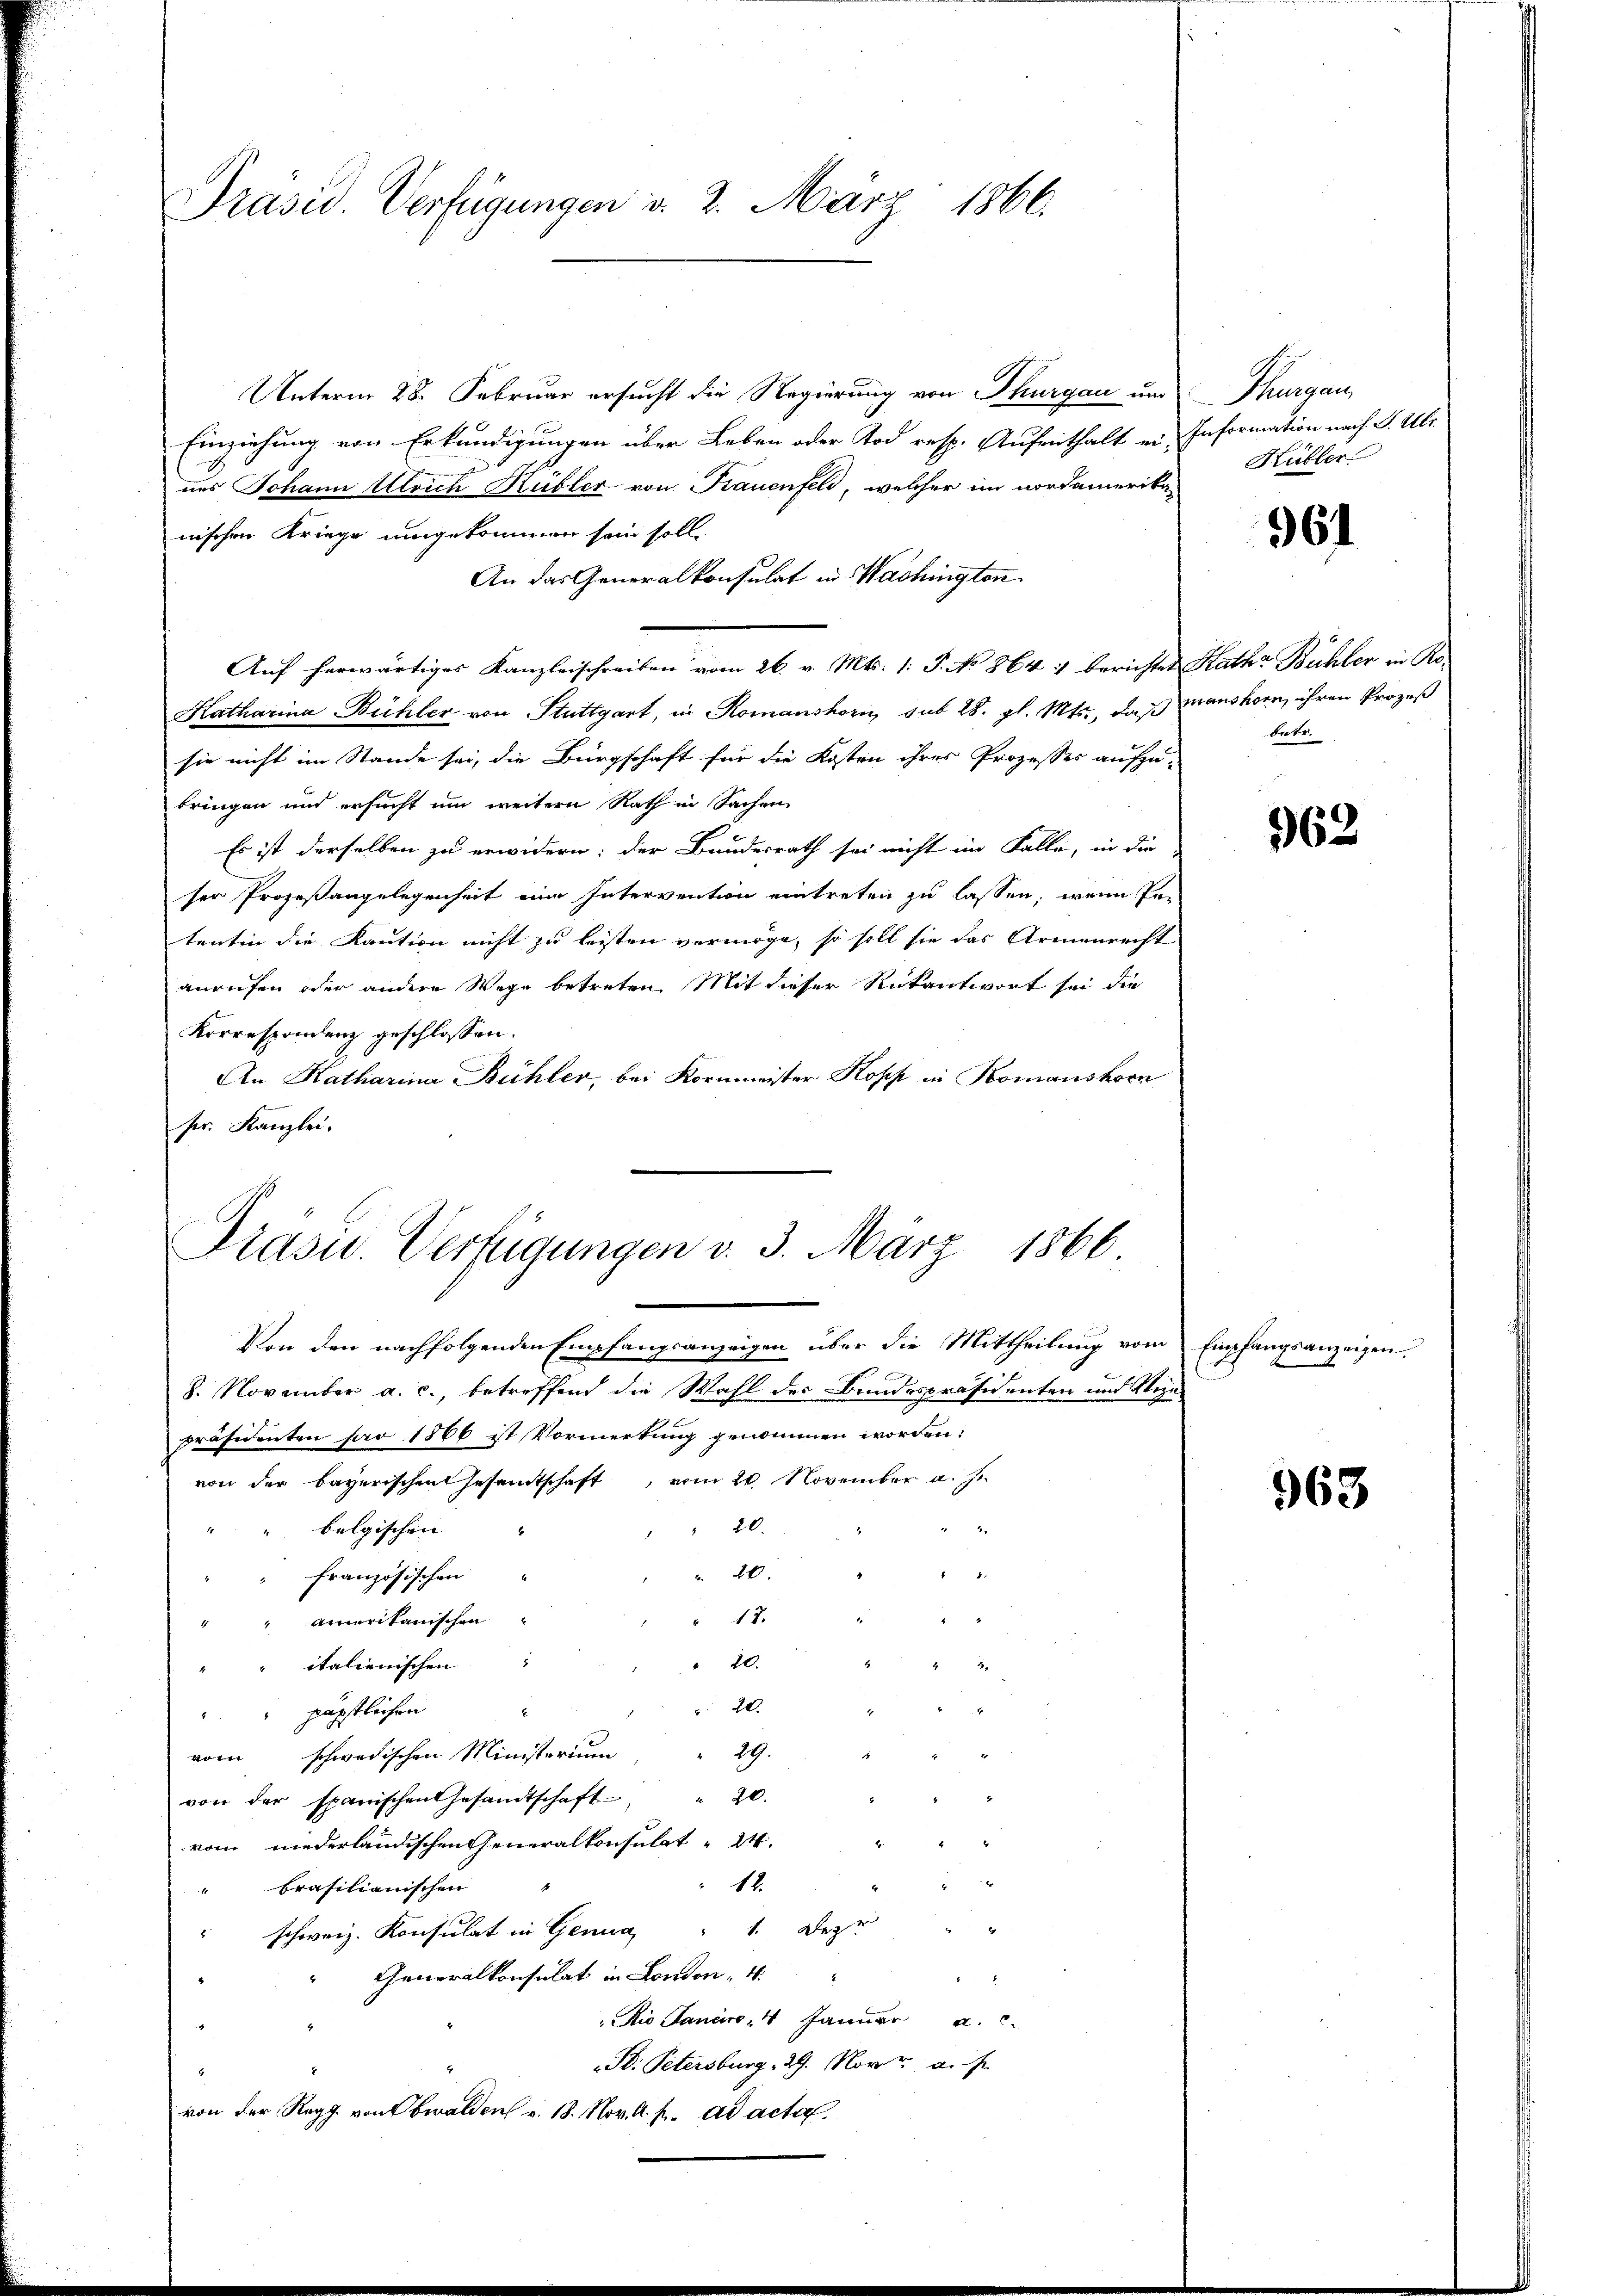
Präsid. Verfügungen d. 2. März 1866.

Unterm 28. Februar ersucht die Regierung von Thurgau und
Einziehung von Erkundigungen über Leben oder Tod resp. Aufenthalt ein Information nach S. Ulr.
nes Johann Ulrich Kübler von Frauenfeld, welcher im nordamerikanischen Kriege umgekommen sein soll.
An das Generalkonsulat in Washington.
Auf herwärtiges Kanzleischreiben vom 26. v. Mts. 1: P. No 864 :/ berichtet Rath Bühler in Ro-
Katharina Bühler von Stuttgart, in Romanshorin sub 28. gl. Mts., daß manshorn, ihren Prozeß
sie nicht im Stande sei, die Bürgschaft für die Kosten ihres Prozesses aufzu-
bringen und ersucht um weitern Rath in Sachen
Es ist derselben zu erwidern; der Bundesrath sei nicht im Falle, in die
ser Prozeßangelegenheit eine Intervention eintreten zu lassen, wenn Per
tentin die Kaution nicht zu leisten vermöge, so soll sie das Armenrecht
anrufen oder andere Wege betreten. Mit dieser Rückantwort sei die
Korrespondenz geschlossen:
An Katharina Bühler, bei Kornmeister Kopp in Komanshorn
ser. Kanzlei.

Präsid.. Verfügungen v. 3. März 1866

Von den nachfolgenden Empfangsanzeigen über die Mittheilung vom Empfangsanzeigen,
8. November a. c., betreffend die Wahl der Bundespräsidenten und Rein¬
Präsidenten par 1866 ist Vormerkung genommen worden:
von der bayerischen Gesamtschaft, vom 20. November a. J.
belgischen |
2
" 20.
“
20.
i
französischen
" 17.
ainerikanischen

20.
italienischen
20.
päpstlichen
29.
vom schwedischen Ministerium
20.
von der spanischen Gesandtschaft
vom niederländischen Generalkonsulat 24.
3
12.
brasilianischen
e
" schweiz. Konsulat in Genua " 1. Depr
Generalkonsulat in London 4.
Rio Janeiro 4 Januar a. c.
B. Petersburg, 29. Nov. a. s.
von der Regg von Obwalden u. 18. Nov. a. p. ad acta.

hagens
Kübler

361

betr.

962

.

968